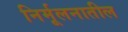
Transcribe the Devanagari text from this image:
निर्मूलनातील